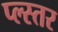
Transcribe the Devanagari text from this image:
प्ल्स्तर